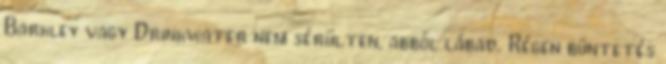
Barkley vagy Drinkwater nem sérülten, abból lábad. Régen büntetés